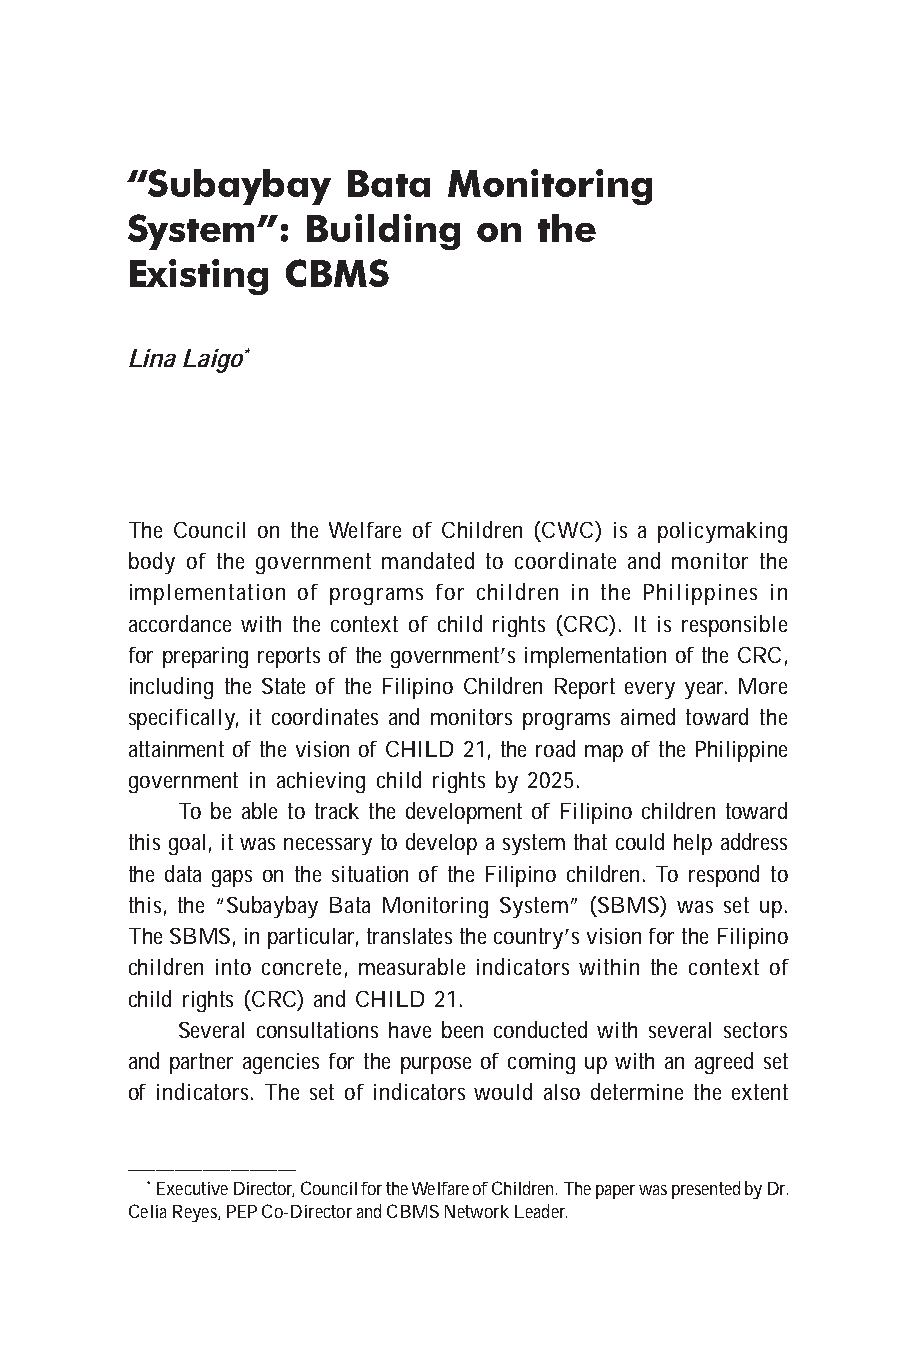
“Subaybay      Bata   Monitoring
 System”:    Building   on   the
 Existing   CBMS
 Lina Laigo*
 The Council on the Welfare of Children (CWC) is a policymaking
 body of the government mandated to coordinate and monitor the
 implementation of programs for children in the Philippines in
 accordance with the context of child rights (CRC). It is responsible
 for preparing reports of the government’s implementation of the CRC,
 including the State of the Filipino Children Report every year. More
 specifically, it coordinates and monitors programs aimed toward the
 attainment of the vision of CHILD 21, the road map of the Philippine
 government in achieving child rights by 2025.
 To be able to track the development of Filipino children toward
 this goal, it was necessary to develop a system that could help address
 the data gaps on the situation of the Filipino children. To respond to
 this, the “Subaybay Bata Monitoring System” (SBMS) was set up.
 The SBMS, in particular, translates the country’s vision for the Filipino
 children into concrete, measurable indicators within the context of
 child rights (CRC) and CHILD 21.
 Several consultations have been conducted with several sectors
 and partner agencies for the purpose of coming up with an agreed set
 of indicators. The set of indicators would also determine the extent
 __________________
 * Executive Director, Council for the Welfare of Children. The paper was presented by Dr.
 Celia Reyes, PEP Co-Director and CBMS Network Leader.